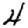
Digit: 4